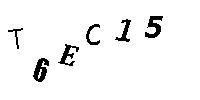
T6EC15